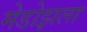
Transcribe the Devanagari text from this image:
मेडोझला